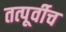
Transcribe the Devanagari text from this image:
तत्पूर्वीच